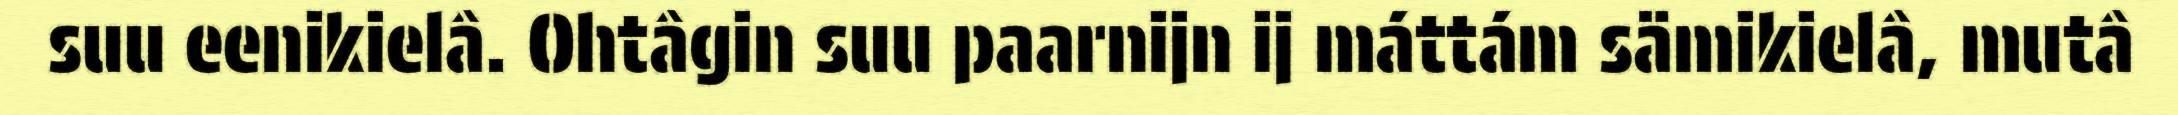
suu eenikielâ. Ohtâgin suu paarnijn ij máttám sämikielâ, mutâ